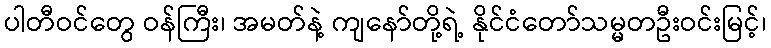
ပါတီဝင်တွေ ဝန်ကြီး၊ အမတ်နဲ့ ကျနော်တို့ရဲ့ နိုင်ငံတော်သမ္မတဦးဝင်းမြင့်၊